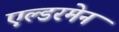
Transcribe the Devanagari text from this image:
एल्डरमेन